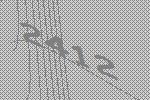
2412